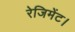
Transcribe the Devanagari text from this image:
रेजिमेंट।